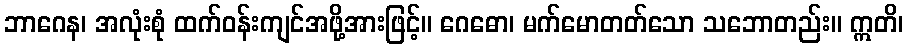
ဘာဂေန၊ အလုံးစုံ ထက်ဝန်းကျင်အဖို့အားဖြင့်။ ဂေဓော၊ မက်မောတတ်သော သဘောတည်း။ ဣတိ၊